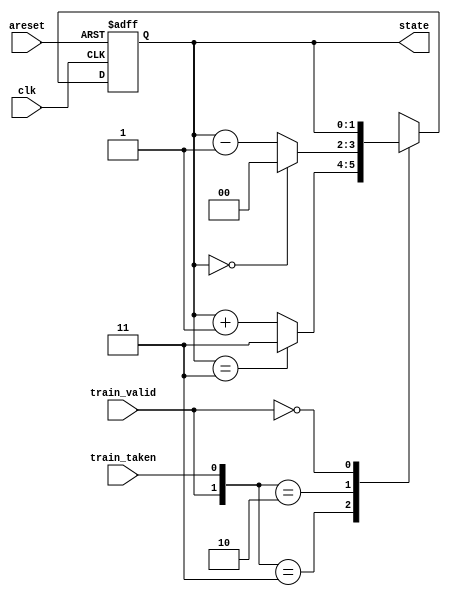
module top_module(
    input clk,
    input areset,
    input train_valid,
    input train_taken,
    output [1:0] state
);
    
    always@(posedge clk, posedge areset)
        begin
            if(areset)
                state <= 2'b01;
            else
                begin
                    casex({train_valid, train_taken})
                           2'b11: begin
                               		state <= (state == 2'd3)? 2'd3:state + 2'd1;
                           		  end
                           2'b10: begin
                               		state <= (state == 2'd0)? 2'd0:state - 2'd1;
                           		  end
                           2'b0?: begin
                               		state <= state;
                           		  end
                           default: state <= 2'd1;
                    endcase
              	end
       	end
endmodule